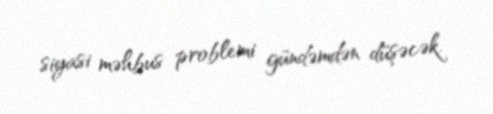
siyasi məhbus problemi gündəmdən düşəcək.